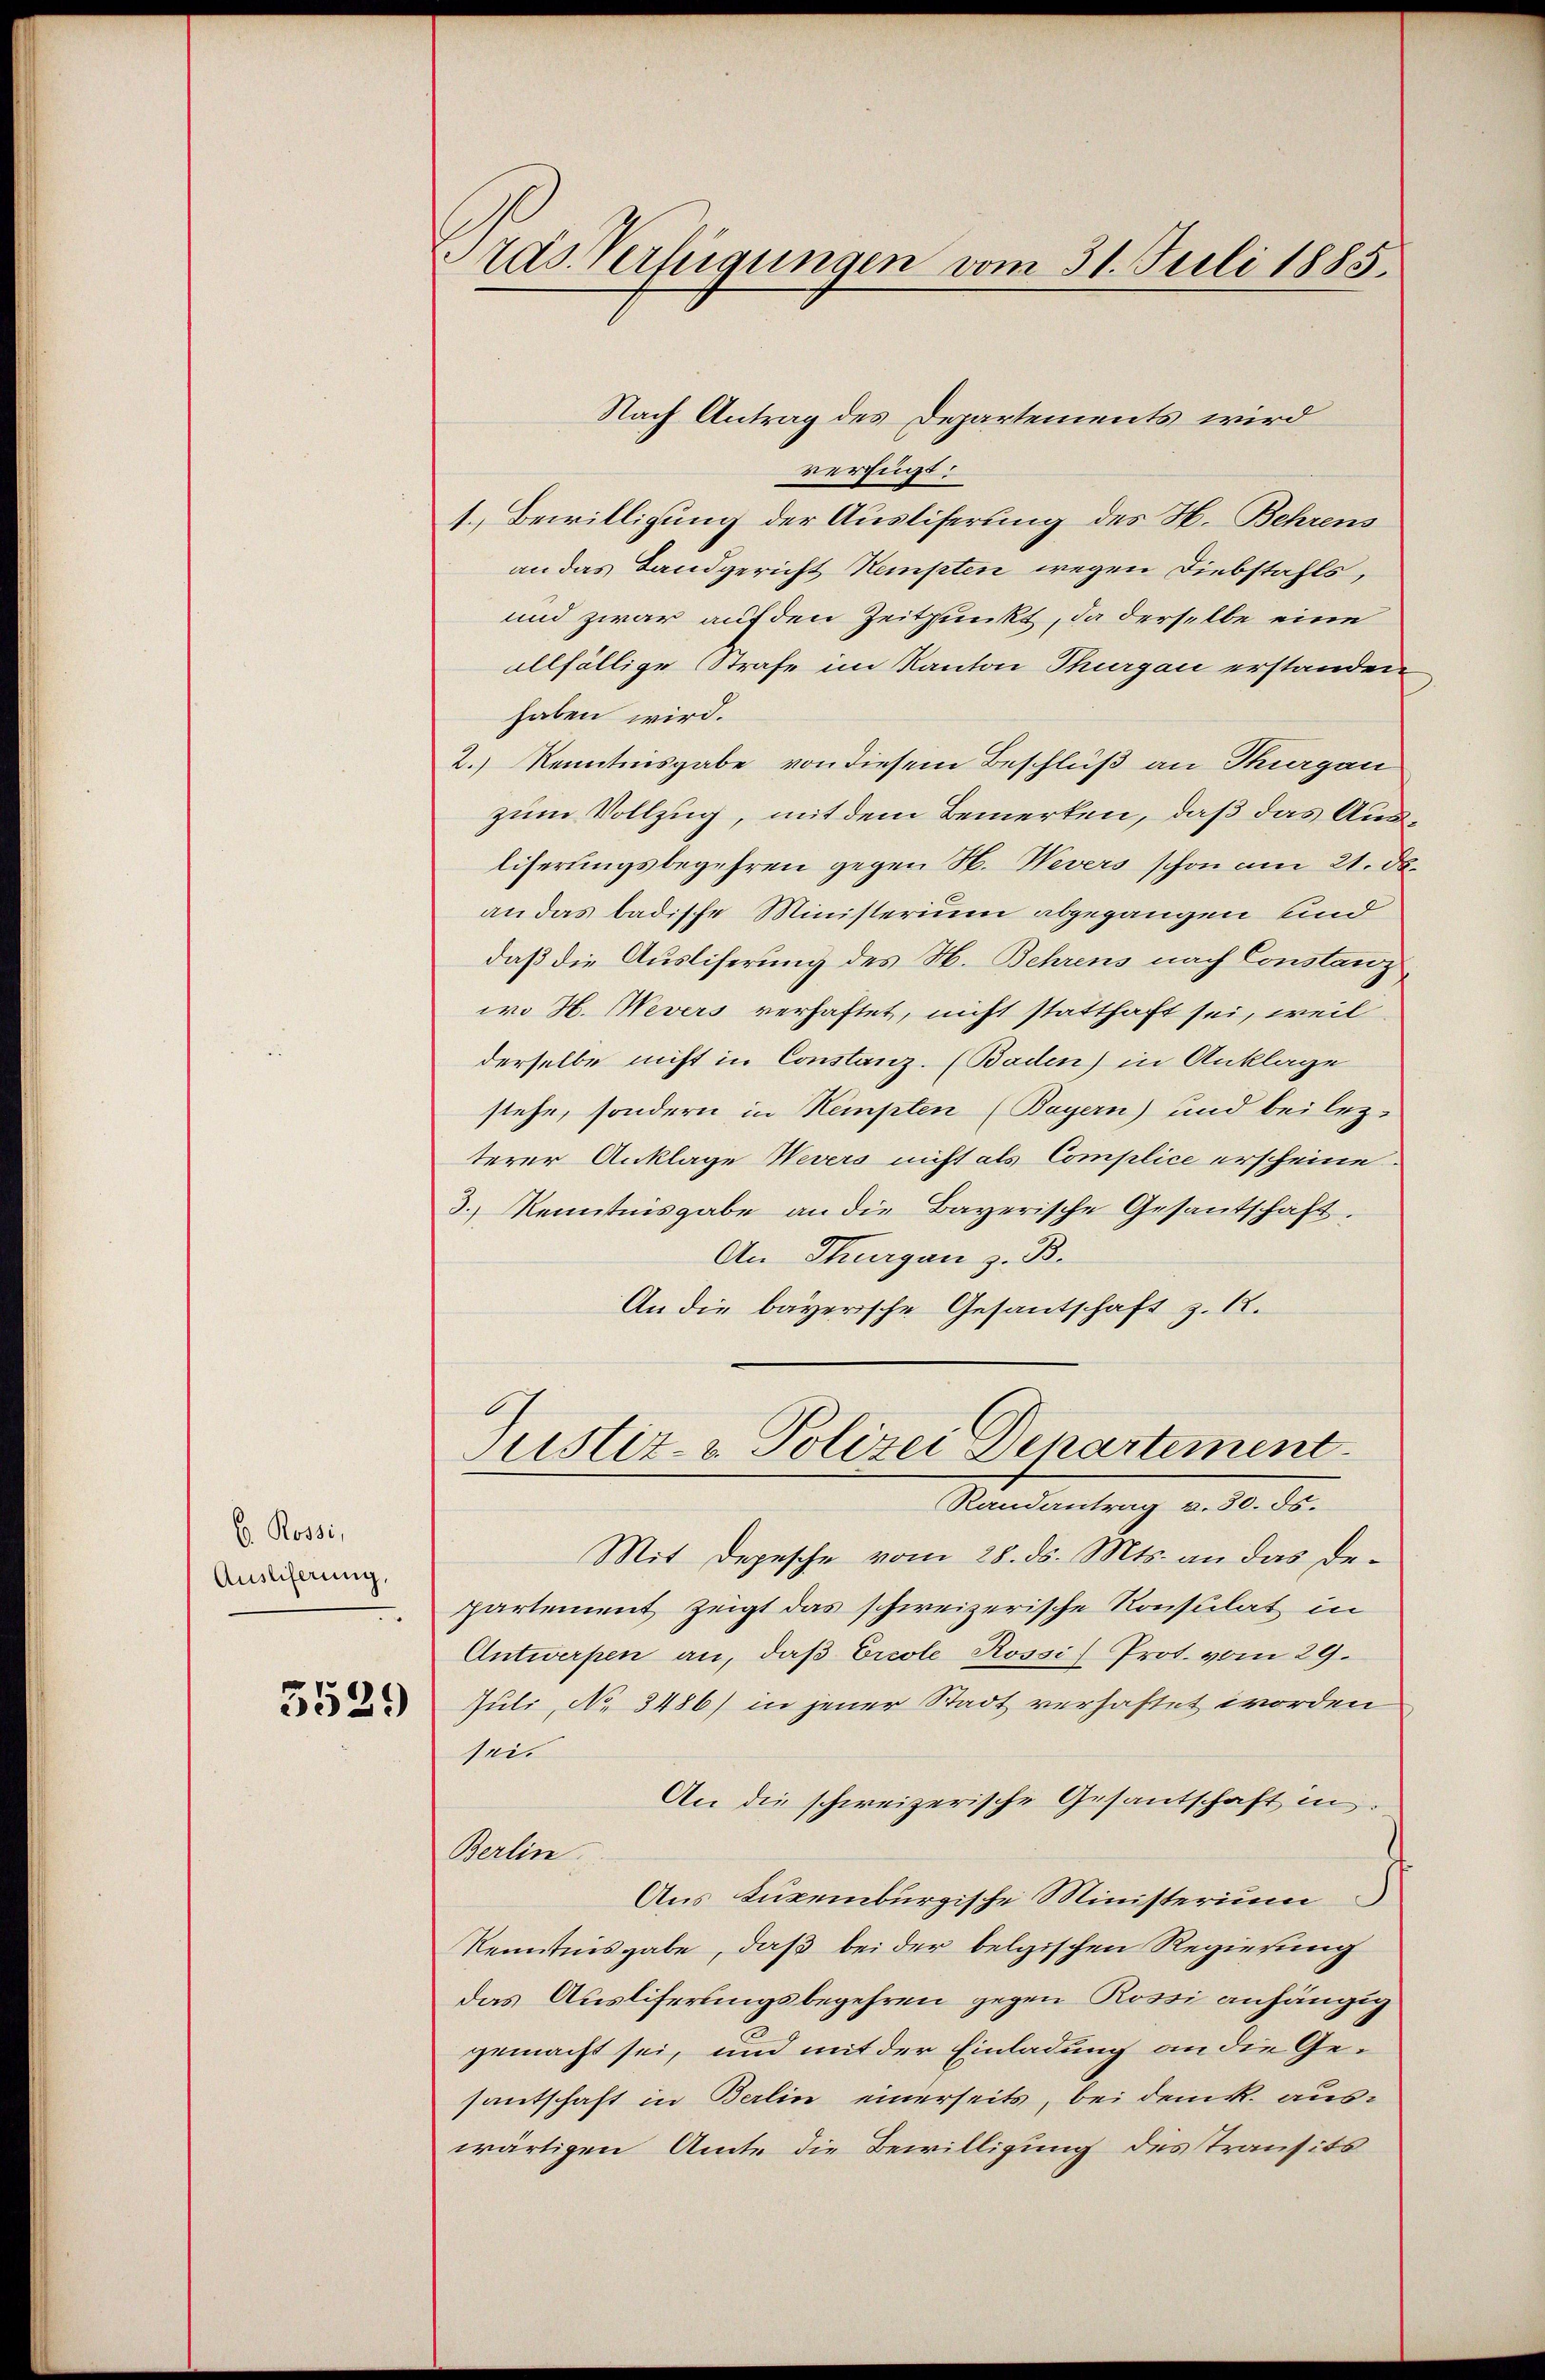
E. Rossi,
Ausliferung.

5529

ras Verfügungen vom 31. Juli 1885.

verfügt:
1. Bewilligung der Ausliserung des H. Behrens
an das Landgericht Kempten wegen Diebstahls,
und zwar auf den Zeitpunkt, da derselbe eine
allfällige Strafe im Kanton Thurgau erstanden
haben wird.
2.) Kenntnisgabe von diesem Beschluß an Thurgau
zum Vollzug, mit dem Bemerken, daß das Ausliserungsbegehren gegen H. Nevers schon am 21. d.
an das badische Ministerium abgegangen und
daß die Ausliferung des H. Behrens nach Constanz
wo H. Wevers verhaftet, nicht statthaft sei, weil
derselbe nicht in Constanz. (Baden) in Anklage
stehe, sondern in Kempten (Bayern) und bei lezterer Anklage Nevers nicht als Complice erscheine.
3.) Kenntnisgabe an die Bayerische Gesantschaft.
An Thurgau z. B.
An die bayerische Gesantschaft z. B.
Justiz- & Polizei Departement.
Randantrag v. 30. ds.
Mit Depesche vom 28. ds. Mts. an das Departement zeigt das schweizerische Konsulat in
Antwerpen an, daß Ercole Rossi) Prot. vom 29.
Juli, No. 3486) in jener Stadt verhaftet worden
sei.
An die schweizerische Gesandschaft in
Berlin.
Aus Luxenburgische Ministerium
Kenntnisgabe, daß bei der belgischen Regierung
Das Ausliferungsbegehren gegen Rossi anhängig
gemacht sei, und mit der Einladung an die Gesantschaft in Berlin einerseits, bei dem k. auswärtigen Amte die Bewilligung des Transits

Nach Antrag des Departements wird